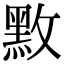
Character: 𪐫